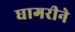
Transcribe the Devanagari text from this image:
घागरीने